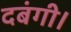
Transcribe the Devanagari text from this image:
दबंगी।